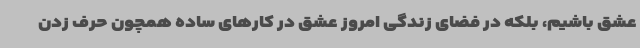
عشق باشیم، بلکه در فضای زندگی امروز عشق در کارهای ساده همچون حرف زدن